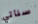
سنأتي